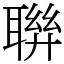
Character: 聨